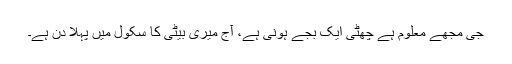
جی مجھے معلوم ہے چھٹی ایک بجے ہونی ہے، آج میری بیٹی کا سکول میں پہلا دن ہے۔